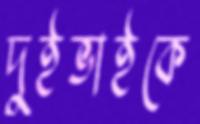
দুইভাইকে